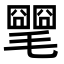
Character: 𣰡